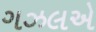
ગઝલએ